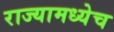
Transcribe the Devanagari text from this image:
राज्यामध्येच